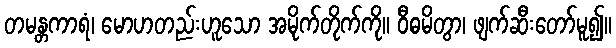
တမန္တကာရံ၊ မောဟတည်းဟူသော အမိုက်တိုက်ကို။ ဝီဓမိတွာ၊ ဖျက်ဆီးတော်မူ၍။